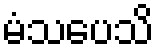
မံသပေသိ